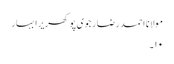
مولانا احمد رضا رجوی پوکھریرا بہار
۱۰۔